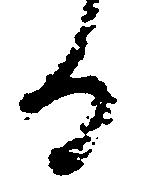
る